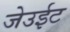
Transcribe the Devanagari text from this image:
जेउईट